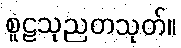
စူဠသုညတသုတ်။